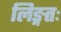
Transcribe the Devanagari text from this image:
लिङ्गतः